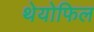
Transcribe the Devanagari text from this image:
थेयोफिल